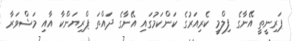
ޕަރިނީތީ އޭނާގެ ފިލްމީ ކެރިއަރުގެ ކަންކަމުގައި އޭނާގެ ދައްތަ ޕްރިޔަންކާ އާއި މަޝްވަރާ